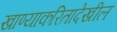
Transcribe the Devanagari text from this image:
खाण्याकरितादेखील